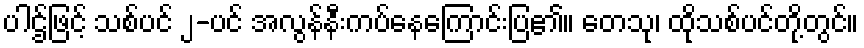
ပါဌ်ဖြင့် သစ်ပင် ၂-ပင် အလွန်နီးကပ်နေကြောင်းပြ၏။ တေသု၊ ထိုသစ်ပင်တို့တွင်။